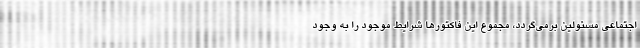
اجتماعی مسئولین برمی‌گردد، مجموع این فاکتورها شرایط موجود را به وجود